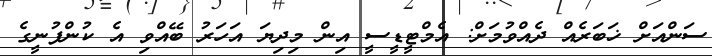
ސަންއަށް ޚަބަރެއް ދެއްވުމަށް: އެމްޓީޑީސީ އިން މިދިޔަ އަހަރު ބޭއްވި އެ ކުންފުނީގެ